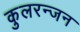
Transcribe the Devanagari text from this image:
कुलरन्जन